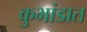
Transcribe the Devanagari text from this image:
कुभांडात